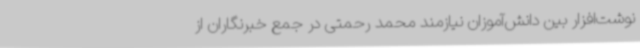
نوشت‌افزار بین دانش‌آموزان نیازمند محمد رحمتی در جمع خبرنگاران از